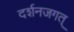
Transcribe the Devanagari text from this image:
दर्शनजगत्